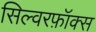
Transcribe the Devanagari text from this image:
सिल्वरफ़ॉक्स